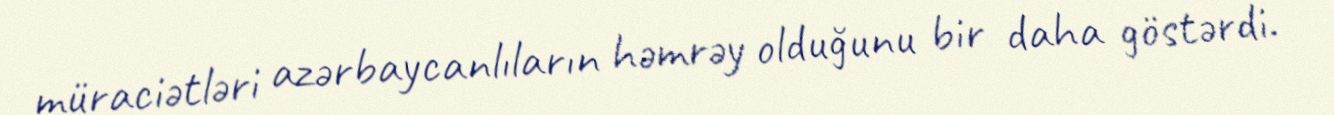
müraciətləri azərbaycanlıların həmrəy olduğunu bir daha göstərdi.